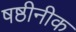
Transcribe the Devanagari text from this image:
षष्ठीनीक